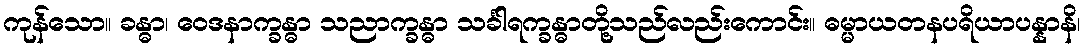
ကုန်သော။ ခန္ဓာ၊ ဝေဒနာက္ခန္ဓာ သညာက္ခန္ဓာ သင်္ခါရက္ခန္ဓာတို့သည်လည်းကောင်း။ ဓမ္မာယတနပရိယာပန္နာနိ၊